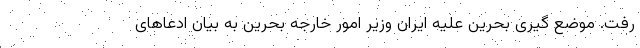
رفت. موضع گیری بحرین علیه ایران وزیر امور خارجه بحرین به بیان ادعاهای